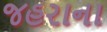
જહરાના